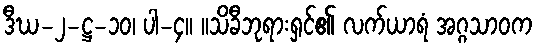
ဒီဃ-၂-ဋ္ဌ-၁၀၊ ပါ-၄။ ။သိခီဘုရားရှင်၏ လက်ယာရံ အဂ္ဂသာဝက